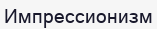
Импрессионизм